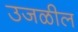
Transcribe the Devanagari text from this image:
उजळील